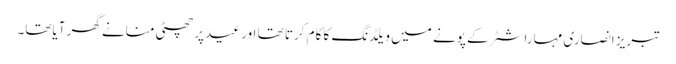
تبریز انصاری مہاراشٹر کے پونے میں ویلڈنگ کا کام کرتا تھا اور عید پر چھٹی منانے گھر آیاتھا۔